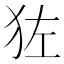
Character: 𬌬